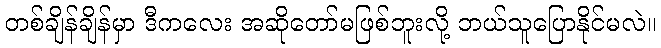
တစ်ချိန်ချိန်မှာ ဒီကလေး အဆိုတော်မဖြစ်ဘူးလို့ ဘယ်သူပြောနိုင်မလဲ။